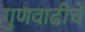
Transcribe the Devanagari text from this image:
गुणवाढीचे